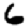
Digit: 6